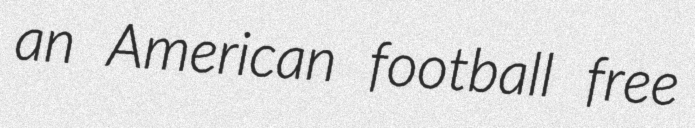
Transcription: an American football free